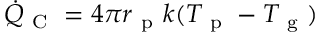
\dot { Q } _ { \mathrm { ~ C ~ } } = 4 \pi r _ { \mathrm { ~ p ~ } } k ( T _ { \mathrm { ~ p ~ } } - T _ { \mathrm { ~ g ~ } } )